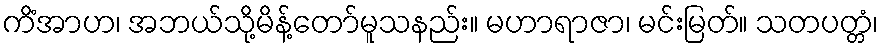
ကိံအာဟ၊ အဘယ်သို့မိန့်တော်မူသနည်း။ မဟာရာဇာ၊ မင်းမြတ်။ သတပတ္တံ၊